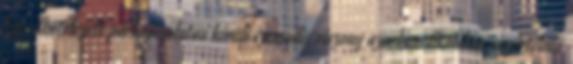
Egy elkötelezett párkapcsolaton kívüli szexuális viszony azonban általában egyértelmű